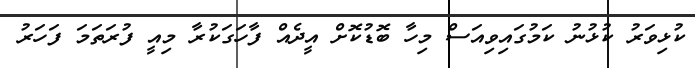
ކުޅިވަރު ކުޅުނު ކަމުގައިވިއަސް މިހާ ބޮޑުކޮށް އީދެއް ފާހަގަކުރާ މިއީ ފުރަތަމަ ފަހަރު